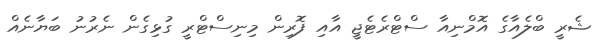
ޝެރީ ބްލެއާގެ އޮމްނިއާ ސްޓްރެޓެޖީ އާއި ފޮރިން މިނިސްޓްރީ ގުޅިގެން ނެރުނު ބަޔާނެއް